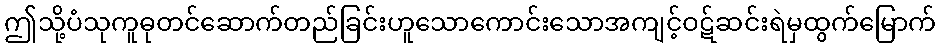
ဤသို့ပံသုကူဓုတင်ဆောက်တည်ခြင်းဟူသောကောင်းသောအကျင့်ဝဋ်ဆင်းရဲမှထွက်မြောက်